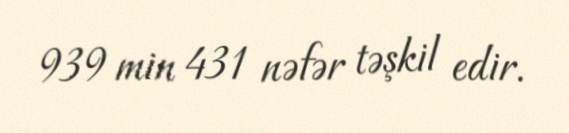
939 min 431 nəfər təşkil edir.